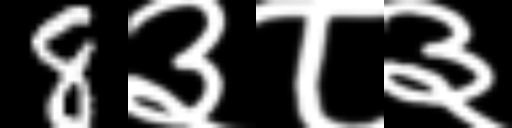
Text: 8३८३